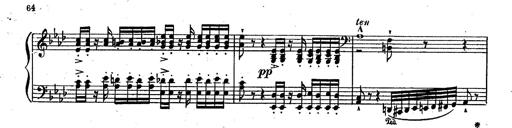
Title: RÃ©miniscences des Huguenots
Composer: Franz Liszt